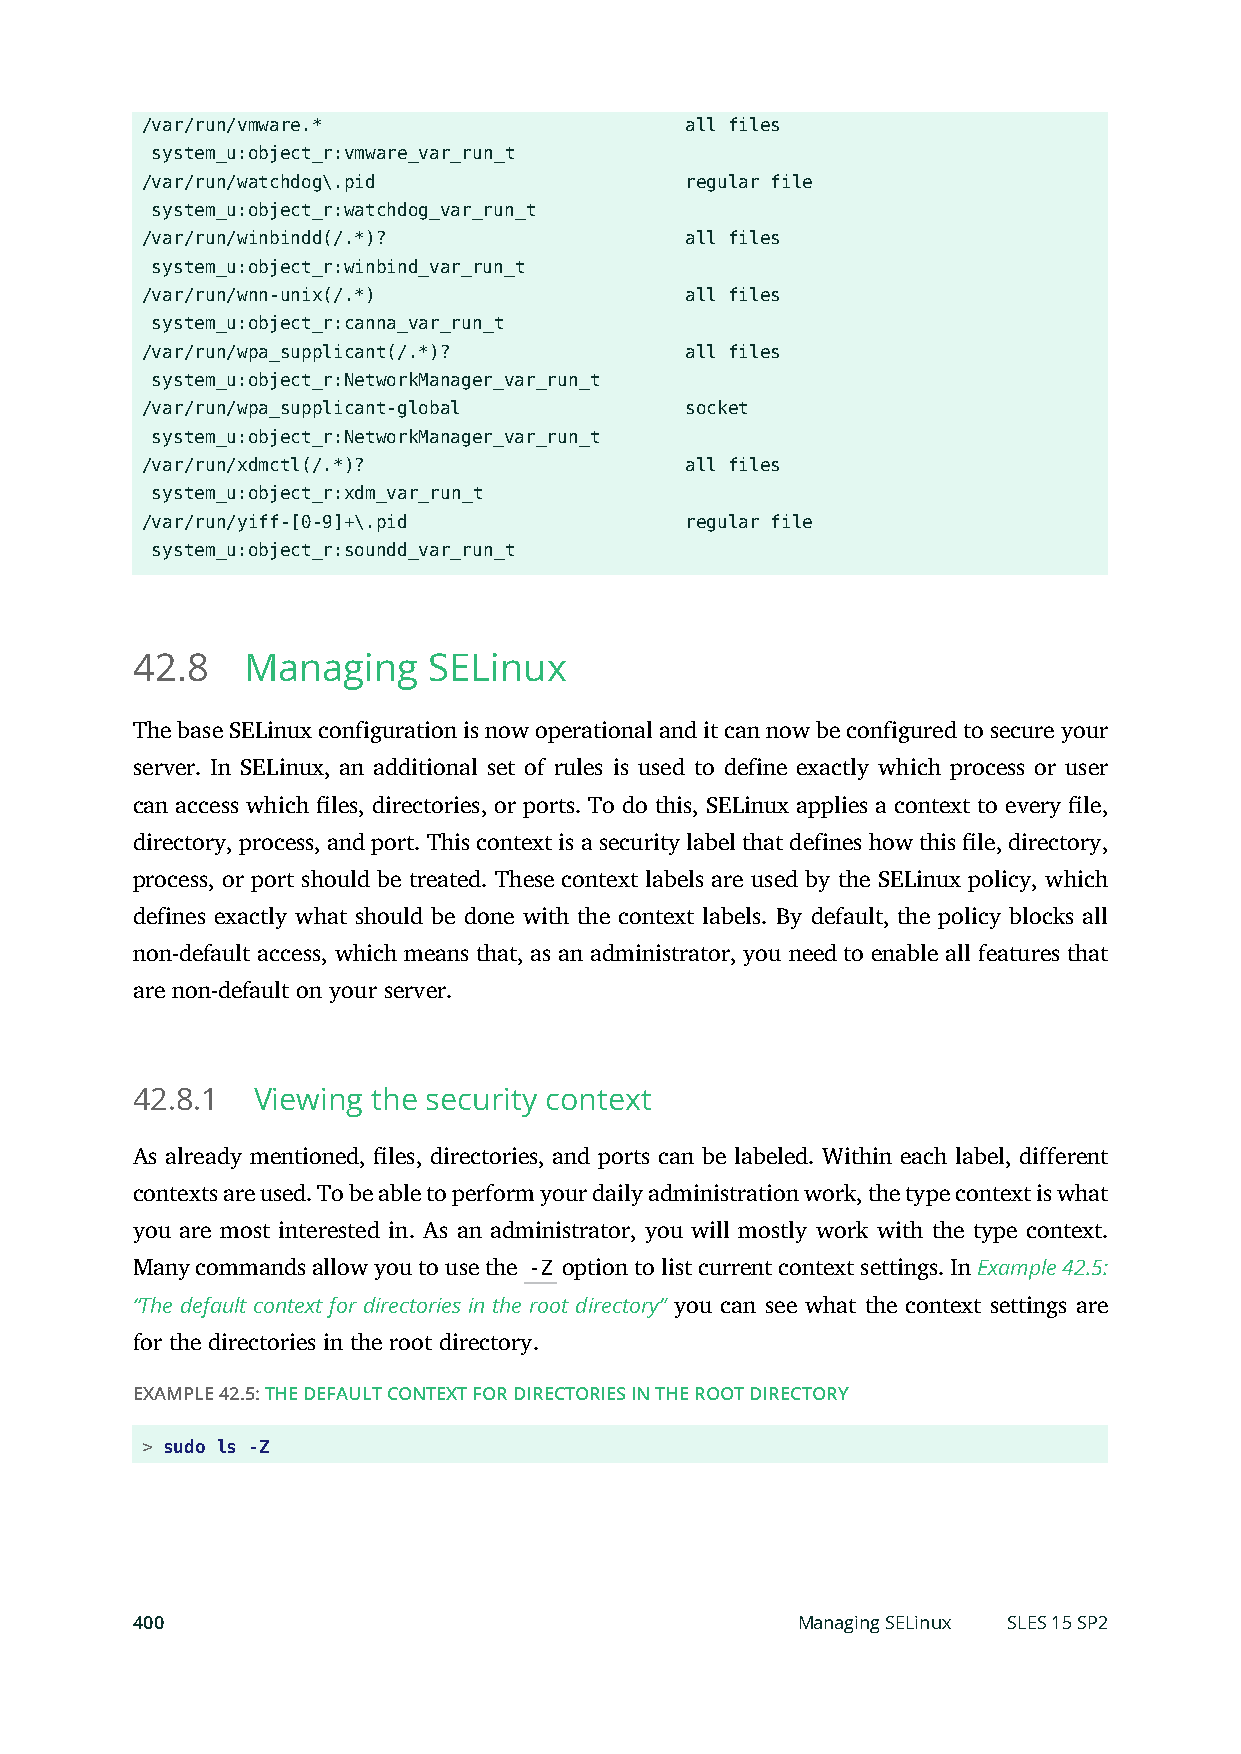
/var/run/vmware.*                   all files
 system_u:object_r:vmware_var_run_t
 /var/run/watchdog\.pid              regular file
 system_u:object_r:watchdog_var_run_t
 /var/run/winbindd(/.*)?             all files
 system_u:object_r:winbind_var_run_t
 /var/run/wnn-unix(/.*)              all files
 system_u:object_r:canna_var_run_t
 /var/run/wpa_supplicant(/.*)?       all files
 system_u:object_r:NetworkManager_var_run_t
 /var/run/wpa_supplicant-global      socket
 system_u:object_r:NetworkManager_var_run_t
 /var/run/xdmctl(/.*)?               all files
 system_u:object_r:xdm_var_run_t
 /var/run/yiff-[0-9]+\.pid           regular file
 system_u:object_r:soundd_var_run_t
 42.8   Managing    SELinux
 The base SELinux configuration is now operational and it can now be configured to secure your
 server. In SELinux, an additional set of rules is used to define exactly which process or user
 can access which les, directories, or ports. To do this, SELinux applies a context to every le,
 directory, process, and port. This context is a security label that defines how this le, directory,
 process, or port should be treated. These context labels are used by the SELinux policy, which
 defines exactly what should be done with the context labels. By default, the policy blocks all
 non-default access, which means that, as an administrator, you need to enable all features that
 are non-default on your server.
 42.8.1  Viewing the security context
 As already mentioned, les, directories, and ports can be labeled. Within each label, different
 contexts are used. To be able to perform your daily administration work, the type context is what
 you are most interested in. As an administrator, you will mostly work with the type context.
 Many commands allow you to use the -Z option to list current context settings. In Example 42.5:
 “The default context for directories in the root directory” you can see what the context settings are
 for the directories in the root directory.
 EXAMPLE 42.5: THE DEFAULT CONTEXT FOR DIRECTORIES IN THE ROOT DIRECTORY
 > sudo ls -Z
 400                                         Managing SELinux SLES 15 SP2